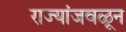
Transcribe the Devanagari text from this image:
राज्यांजवळून